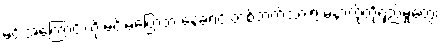
မင်းအကြောင်းကို မင်းမပြောဘဲ နေခဲ့ရင် တစ်ဘက်သားရဲ့ မနာလိုတိုရှည်မှုတွေ၊